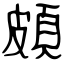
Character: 頗